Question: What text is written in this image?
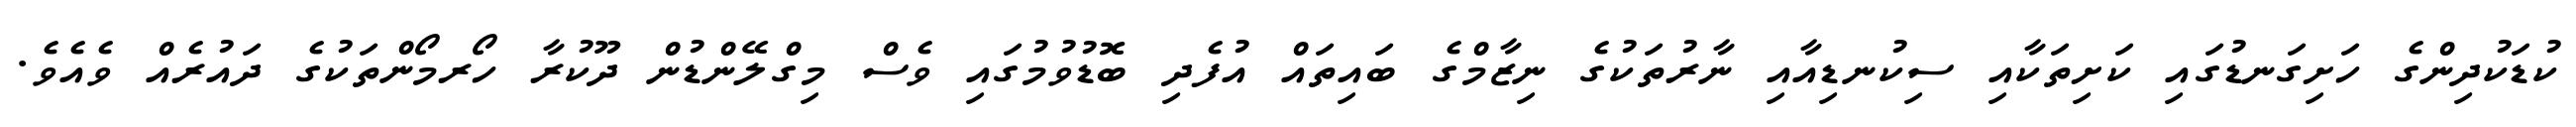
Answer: ކުޑަކުދިންގެ ހަށިގަނޑުގައި ކަށިތަކާއި ސިކުނޑިއާއި ނާރުތަކުގެ ނިޒާމްގެ ބައިތައް އުފެދި ބޮޑުވުމުގައި ވެސް މިގްލޭންޑުން ދޫކުރާ ހޯރމޯންތަކުގެ ދައުރެއް ވެއެވެ.